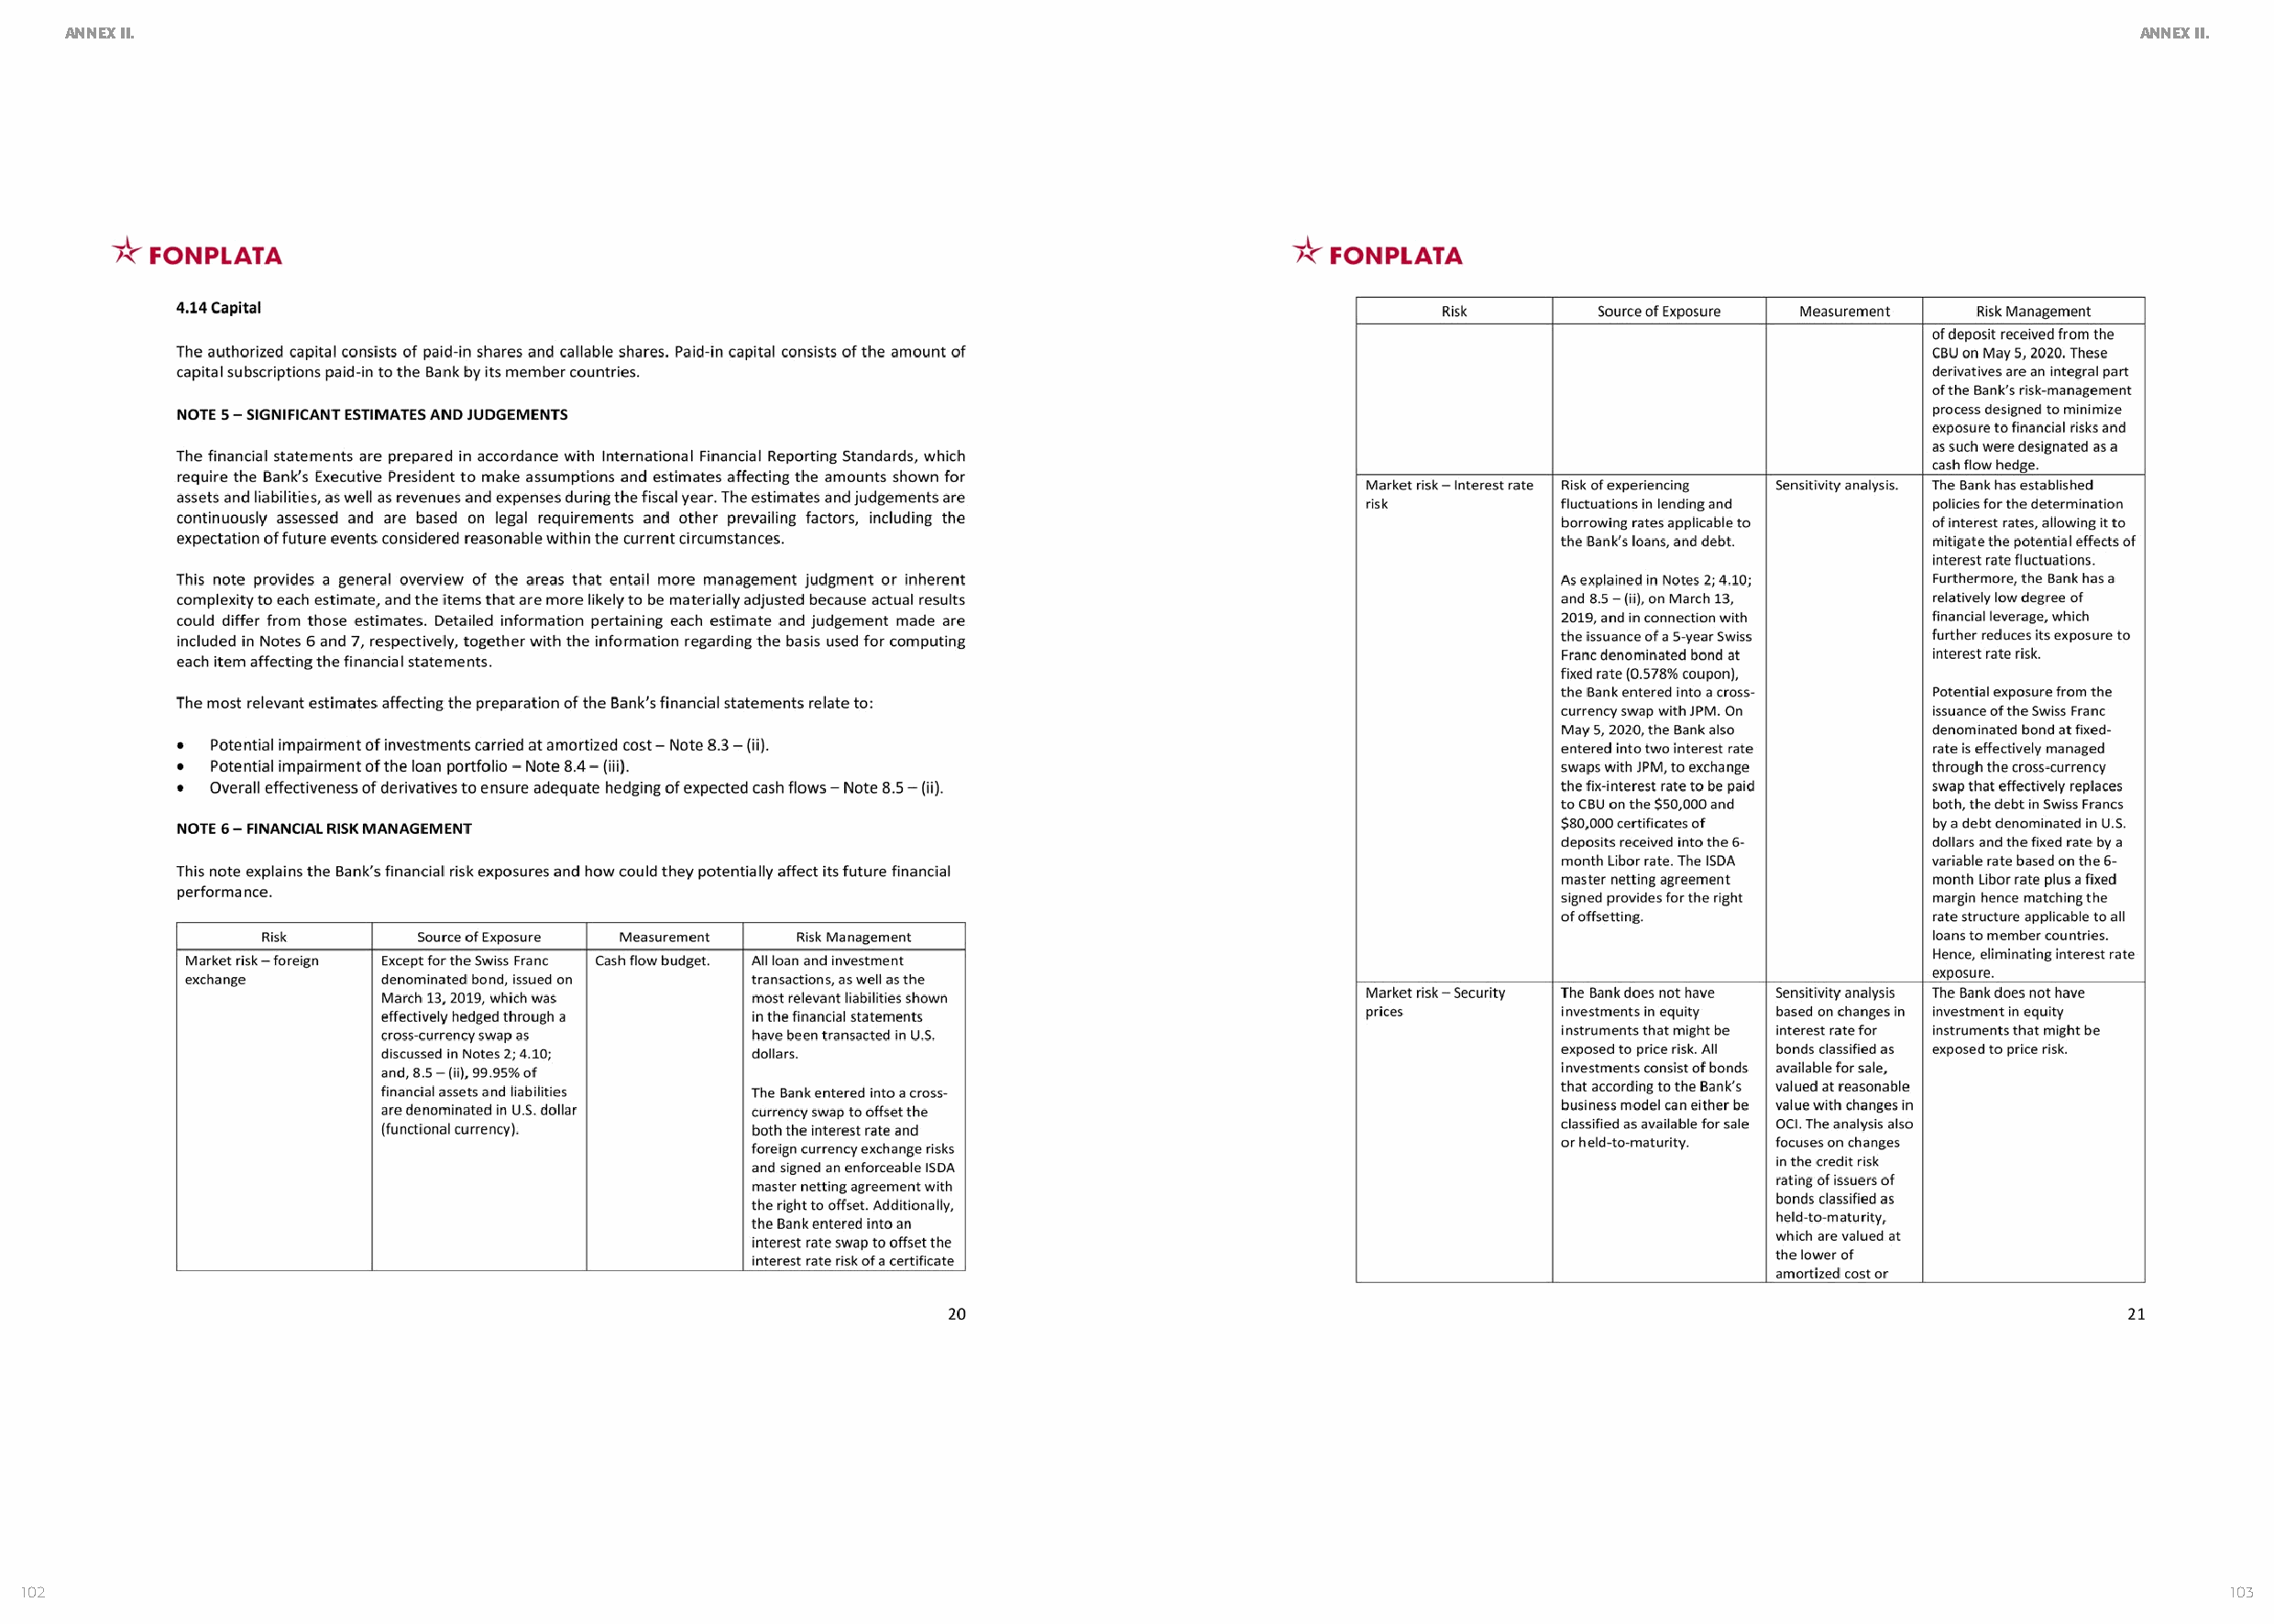
ANNEX II.                                                                                                                                             ANNEX II.
 102                                                                                                                                                             103